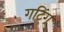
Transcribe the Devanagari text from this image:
गटिंग